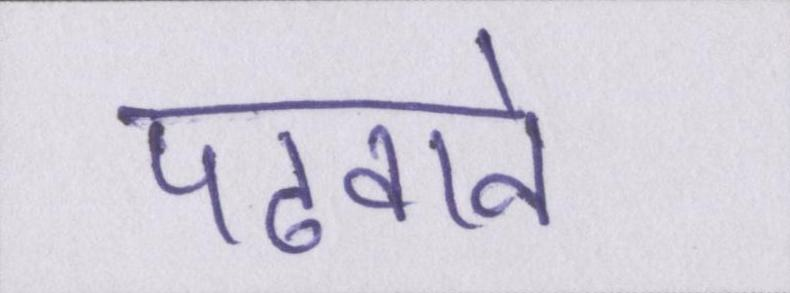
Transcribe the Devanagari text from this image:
पढवाने